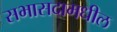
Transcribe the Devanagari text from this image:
सभासदामधील